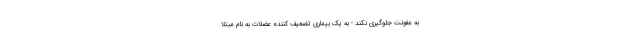
به عفونت جلوگیری نکند - به یک بیماری تضعیف کننده عضلات به نام مبتلا